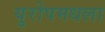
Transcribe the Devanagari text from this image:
युरोपमधला